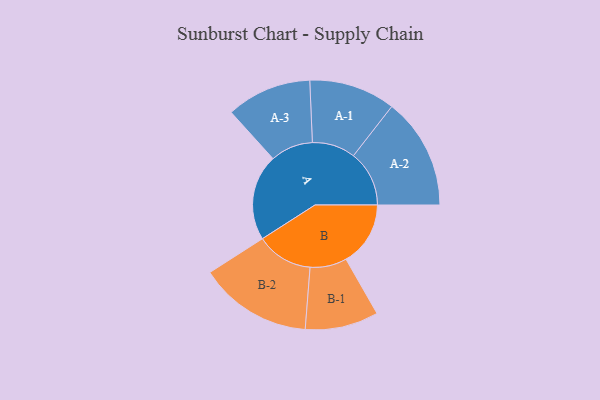
{"axis": {"x": "Segment", "y": "Value"}, "legend": ["", "A", "B"], "data": [{"x": "A", "y": 425, "type": ""}, {"x": "B", "y": 318, "type": ""}, {"x": "A-1", "y": 213, "type": "A"}, {"x": "A-2", "y": 275, "type": "A"}, {"x": "A-3", "y": 210, "type": "A"}, {"x": "B-1", "y": 181, "type": "B"}, {"x": "B-2", "y": 279, "type": "B"}]}